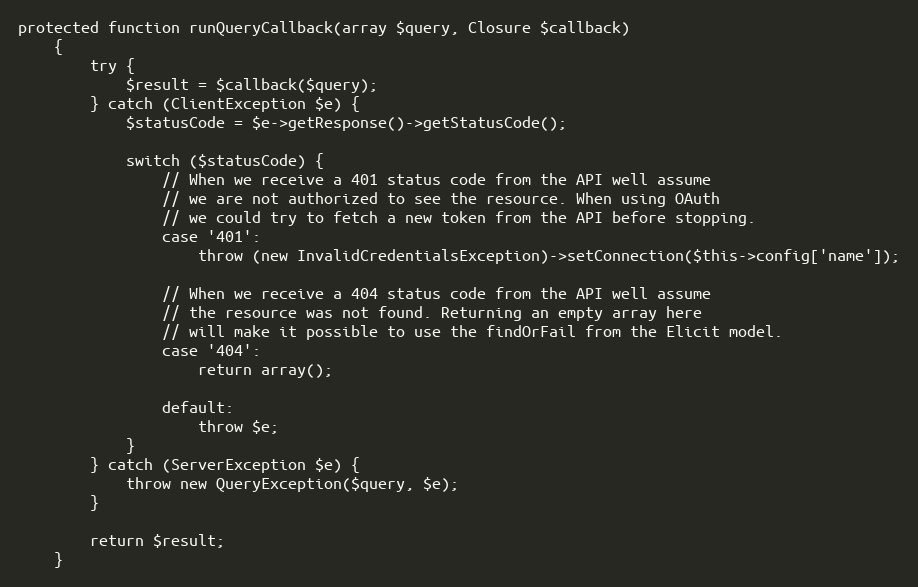
Language: PHP
protected function runQueryCallback(array $query, Closure $callback)
    {
        try {
            $result = $callback($query);
        } catch (ClientException $e) {
            $statusCode = $e->getResponse()->getStatusCode();

            switch ($statusCode) {
                // When we receive a 401 status code from the API well assume
                // we are not authorized to see the resource. When using OAuth
                // we could try to fetch a new token from the API before stopping.
                case '401':
                    throw (new InvalidCredentialsException)->setConnection($this->config['name']);

                // When we receive a 404 status code from the API well assume
                // the resource was not found. Returning an empty array here
                // will make it possible to use the findOrFail from the Elicit model.
                case '404':
                    return array();

                default:
                    throw $e;
            }
        } catch (ServerException $e) {
            throw new QueryException($query, $e);
        }

        return $result;
    }